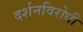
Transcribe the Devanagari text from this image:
दर्शनविरोधी